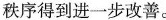
秩序得到进一步改善。